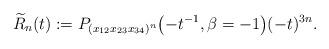
LaTeX: \begin{gather*} {\widetilde{R}}_n(t) :=P_{(x_{12} x_{23} x_{34})^n} \big({-}t^{-1}, \beta= -1\big) (-t)^{3n}. \end{gather*}